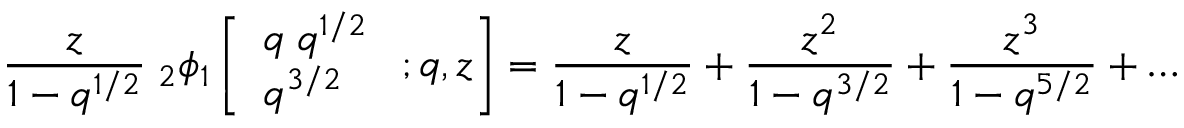
{ \frac { z } { 1 - q ^ { 1 / 2 } } } \; _ { 2 } \phi _ { 1 } \left[ { \begin{array} { l } { q \; q ^ { 1 / 2 } } \\ { q ^ { 3 / 2 } } \end{array} } \; ; q , z \right] = { \frac { z } { 1 - q ^ { 1 / 2 } } } + { \frac { z ^ { 2 } } { 1 - q ^ { 3 / 2 } } } + { \frac { z ^ { 3 } } { 1 - q ^ { 5 / 2 } } } + \ldots